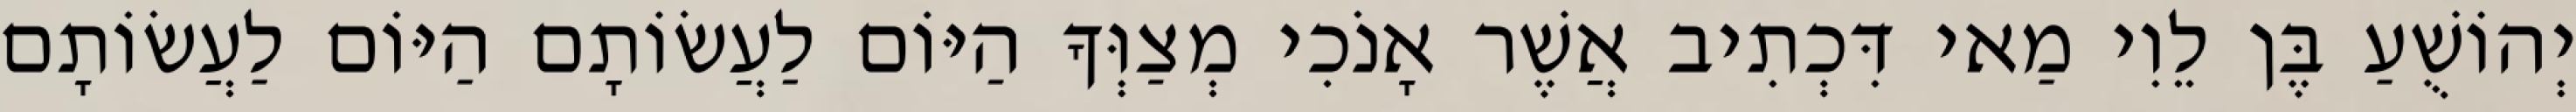
יְהוֹשֻׁעַ בֶּן לֵוִי מַאי דִּכְתִיב אֲשֶׁר אָנֹכִי מְצַוְּךָ הַיּוֹם לַעֲשׂוֹתָם הַיּוֹם לַעֲשׂוֹתָם